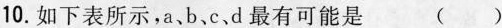
10.如下表所示，a、b、c、d最有可能是 ( )